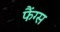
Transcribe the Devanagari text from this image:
फैंग्स